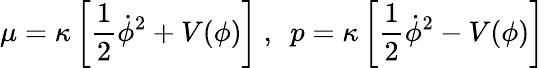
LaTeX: \mu=\kappa\left[\frac{1}{2}\dot{\phi}^{2}+V(\phi)\right]~,~~p=\kappa\left[\frac{1}{2}\dot{\phi}^{2}-V(\phi)\right]